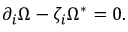
\partial _ { i } \Omega - \zeta _ { { i } } \Omega ^ { \ast } = 0 .